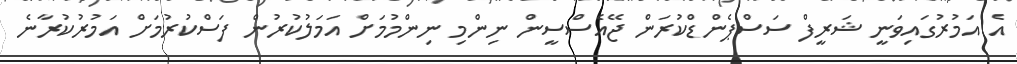
އެ އަމުރުގައިވަނީ ޝަރީފް ސަސްޕެންޑްކުރަން ޖޭއެސްސީން ނިންމި ނިންމުމަށް އަމަލުކުރުން ފަސްކުރުމަށް އަމުރުކުރާނެ